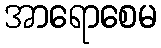
အာရောစေမ